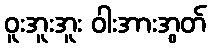
ဝူးအူးအူး ဝါးအားအွတ်